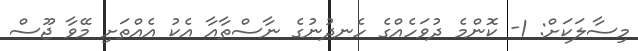
މިސާލަކަށް: 1- ކޮންމެ ދުވަހެއްގެ ހެނދުނުގެ ނާސްތާއާ އެކު އެއްތަށި މޭވާ ޖޫސް